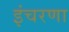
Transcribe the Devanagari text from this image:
इंचरणा